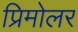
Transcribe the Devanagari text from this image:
प्रिमोलर